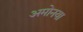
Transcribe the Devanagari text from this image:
अमोनया